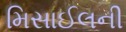
મિસાઈલની